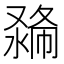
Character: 𠭽